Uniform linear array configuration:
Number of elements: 4
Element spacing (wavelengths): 0.75
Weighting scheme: uniform
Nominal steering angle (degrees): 45
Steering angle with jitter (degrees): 44.977
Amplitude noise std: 0.05
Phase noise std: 0.05

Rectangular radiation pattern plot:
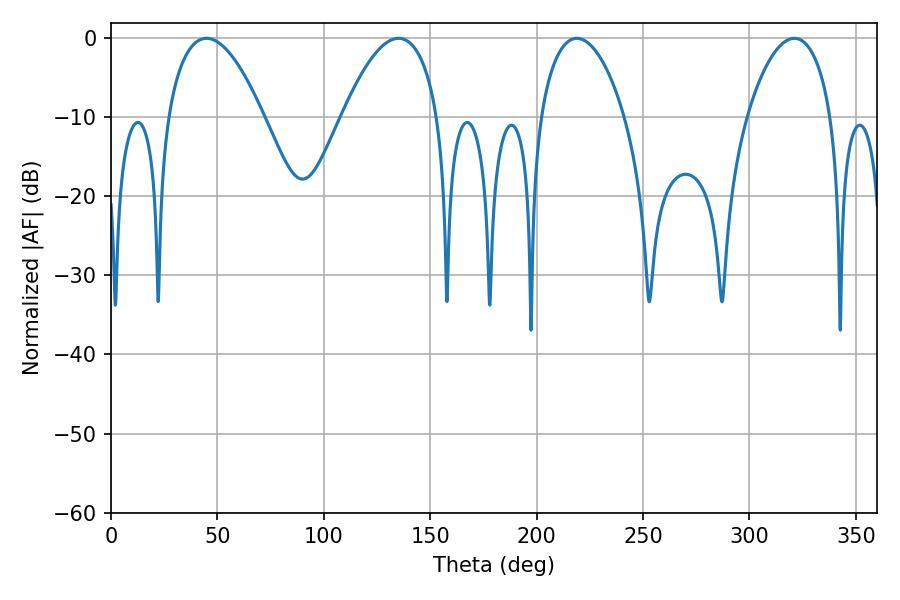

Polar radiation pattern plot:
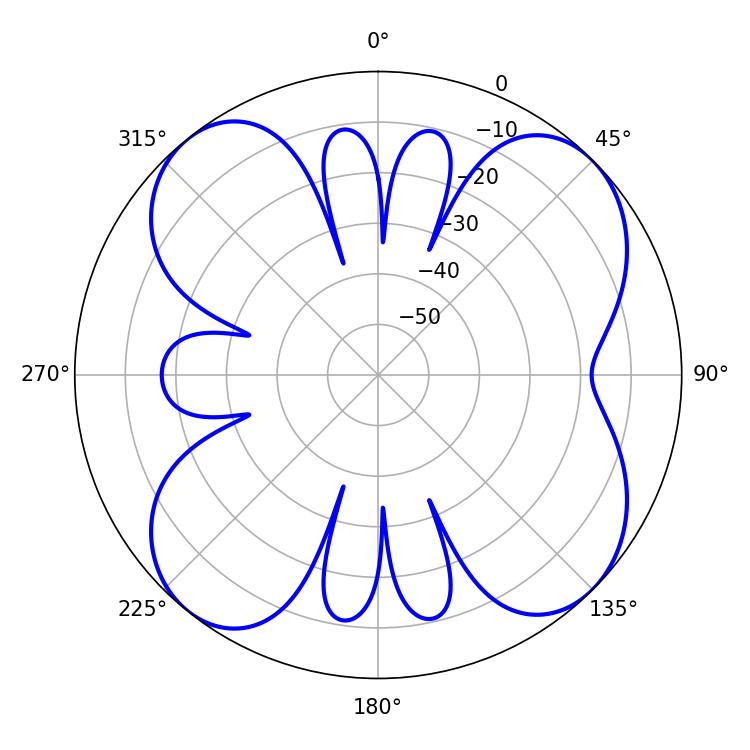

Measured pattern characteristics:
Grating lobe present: TRUE
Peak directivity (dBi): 11.165
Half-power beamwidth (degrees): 22.32
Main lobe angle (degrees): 321.12